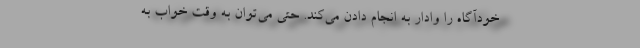
خودآگاه را وادار به انجام دادن می‌کند. حتی می‌توان به وقت خواب به